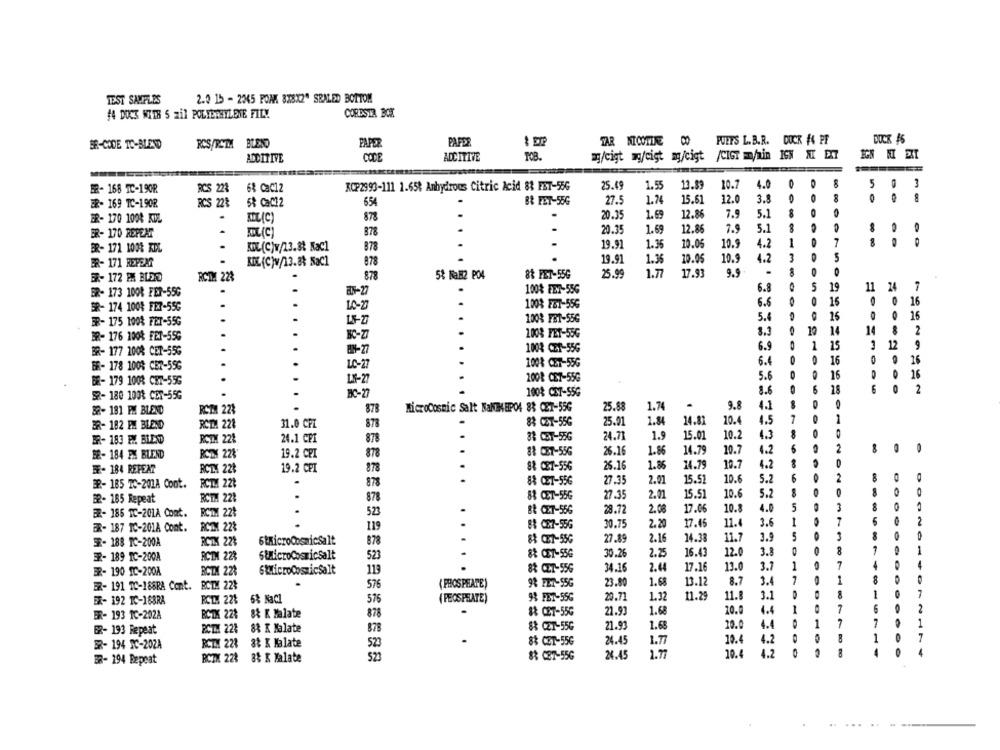
TEST SAMPLES
2.0 15 - 2345 POAK 3X8X2" SEALED BOTTOM
CORESTA BOK
44 DOCK WITH 5 zil POLVEREYLENE FILM
PAFDE
TAR NICOTINE CO
FUETS L.B.R. DOCK #4 PF
DUCK 46
BR-CODE TO-BLEND
RCS/ROTH BLEND
PAPER
CODE
ADCITIVE
TOB.
mg/cigt m/cigt mg/cigt /CIGT m/min ICH XX EXT
ADDITIVE
RCS 228
68 Cac12
KOP2993-111 1.65% Anhydrous Citric Acid 83 FBT-556
25.49
1.55
13.89
10.7
4.0
8
5 0
ER- 168 TC-190R
RCS 22%
58 CaC12
654
B& FET-55G
27.5
1.74
15.61
12.0
3.8
0
8
BR- 169 TC-190R
878
20.35
1.69
12.86
7.5
5.1
8
BR- 170 1008 KDL
MIL (C)
BR- 170 REPEAT
KOL(C)
878
20.3
1.69
12.86
7.9
5.1
8
ER- 171 100% KDL
KOL(C)v/13.8% Kac1
878
19.91
1.35
10.05
10.9
4.2
1
7
KOL (C)w/13.8% NaCl
878
19.91
1.36
10.05
10.9
4.2
3
5
ER- 171 REPEAT
0
ER- 172 PX BLEIDD
RCTM 228
878
5% NaH2 PO4
88 FET-55G
25.99
1.77
17.93
9.9
5
19
7
ER- 173 1008 FER-556
100% FET-55G
6.8
11
24
16
SR- 174 1008 FER-556
...
10-27
1008 267-556
6.6
O
16
16
ER- 175 100% FET-55G
.
1008 F81-55G
5.4
16
12
2
BR- 176 1008 FET-55G
1008 FET-55G
3.3
14
6.9
1
1
12
9
BR- 177 2008 CET-556
1008 C21-556
15
16
0
26
BR- 178 100% CET-55G
LO-2
1008 CET-55G
6.4
5.6
16
26
BE- 179 1008 CET-55G
LA-27
2008 CE7-55G
8.6
5
2
S2- 180 100% CET-55G
1008 CET-55G
1.74
9.8
4.1
32- 181 FM BLEND
ROMA 22%
.
878
MicroCosmic Salt NaNIMEPO4 88 CET-55G
25.88
25.01
14.87
10.4
4.5
7
1
BR- 182 PM BLEND
RCTMA 228
31.0 CPL
878
83 CET-556
1.84
24.71
1.9
15.01
10.2
4.3
ER- 183 PM BLEND
RCTX 228
24.1 CPI
878
38 CBT-556
26.16
1.86
14.79
10.7
4.2
6
2
BE- 184 PM BLEND
ROTH 22%
19.2 CPI
878
88 CET-556
8& CET-556
25.16
1.86
74.79
10.7
4.2
FF- 184 REPEAT
RCTX 228
19.2 CPI
878
27.35
2.01
15.51
10.6
5.
6
O
2
BR- 185 TC-201A Cont. RCTM 221
878
88 CET-55G
27.35
2.01
15.51
10.6
5.2
B2- 185 Repeat
RCTH 22:
878
83 CET-55G
523
tt CET-556
28.72
2.08
17.06
10.
4.0
5
3
ER- 185 TC-201A Coat.
RCTX 22%
...
88 CE7-556
30.75
2.20
17.45
11.
3.6
1
7
ER- 187 IC-201A Cont.
RCZ 22%
119
RCTX 22%
6tmicroCosmicSalt
878
88 CZ7-556
27.89
2.16
14.33
11.7
3.9
3
F- 188 TC-200A
RCDI 22%
StMicroCosmicSalt
88 CE7-556
30.26
2.25
16.43
12.
3.]
8
ER- 189 TC-200A
523
ER- 190 TC-200A
BCTX 22%
SkMicroCosmicSalt
8& CET-55G
34.16
2.44
17.16
13.
3.1
1
7
119
ER- 191 TC-186RA Cont.
BCTM 223
( PHOSPHATE)
9& FET-55G
23.80
1.68
13.12
8.7
3.1
7
1
8
576
7
EX- 192 IC-188RA
RCL 22%
6% NaCl
576
( PEOSPRATE)
98 FET-55G
20.71
1.32
11.29
11.
3.1
1
ER- 193 1C-202A
BCTX 22%
8& K Malate
&& CET-55G
21.93
1.68
10.
4.4
1
O
7
878
7
62- 193 Repeat
RCTH 223
88 K Malate
878
88 CET-55G
21.93
1.68
10.0
4.4
1
7
4.2
8
1
BR- 194 IC-202A
RCTX 228
3& K Malate
523
88 CET-55G
24.45
1.77
10.4
ER- 194 Depeat
RCTX 228 8& K Malate
523
88 CB7-55G
24.45
1.77
10.4
4.2
.....